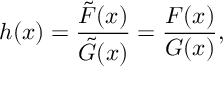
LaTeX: h ( x ) = { \frac { \tilde { F } ( x ) } { \tilde { G } ( x ) } } = { \frac { F ( x ) } { G ( x ) } } ,